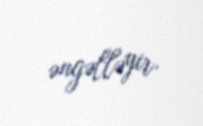
əngəlləyir.